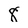
Character: 8